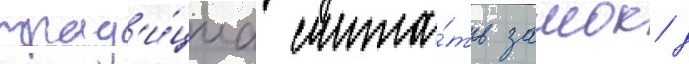
трад'и́циа счита́ть замок д